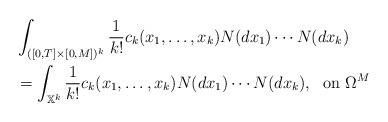
\begin{align*}&\int_{([0,T]\times[0,M])^k} \frac{1}{k!} c_k(x_1,\ldots,x_k) N(dx_1) \cdots N(dx_k) \\&= \int_{\mathbb X^k} \frac{1}{k!} c_k(x_1,\ldots,x_k) N(dx_1) \cdots N(dx_k), \; \textrm{ on } \Omega^M\end{align*}